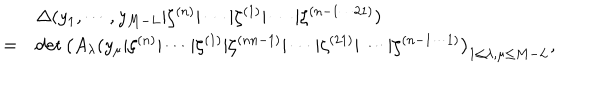
\begin{array} { c l } { { } } & { { \Delta ( y _ { 1 } , \cdots , y _ { M - L } | \zeta ^ { ( n ) } | \cdots | \zeta ^ { ( 1 ) } | \cdots | \zeta ^ { ( n - 1 \cdots 2 1 ) } ) } } \\ { { = } } & { { \det \left( A _ { \lambda } ( y _ { \mu } | \zeta ^ { ( n ) } | \cdots | \zeta ^ { ( 1 ) } | \zeta ^ { ( n n - 1 ) } | \cdots | \zeta ^ { ( 2 1 ) } | \cdots | \zeta ^ { ( n - 1 \cdots 1 ) } \right) _ { 1 \leq \lambda , \mu \leq M - L } , } } \\ \end{array}